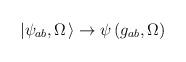
LaTeX: \begin{align*}\left|\psi_{ab},\Omega\right.\rangle\rightarrow\psi\left(g_{ab},\Omega\right)\end{align*}